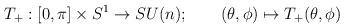
LaTeX: \begin{align*}T_+ : [0, \pi] \times S^1 \to SU(n);\qquad(\theta, \phi) \mapsto T_+ (\theta, \phi) \end{align*}